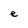
Character: e